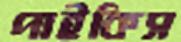
পাইকিস